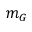
m _ { G }